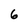
Character: 6